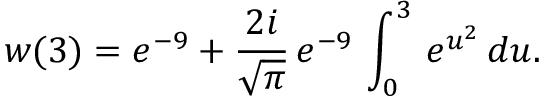
w ( 3 ) = e ^ { - 9 } + \frac { 2 i } { \sqrt \pi } \, e ^ { - 9 } \, \int _ { 0 } ^ { 3 } \, e ^ { u ^ { 2 } } \, d u .